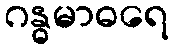
ဂန္ဓမာဓရေ